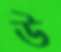
উ